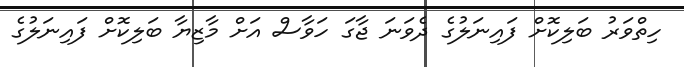
ހިތްވަރު ބަލިކޮށް ފައިނަލުގެ ދެވަނަ ޖާގަ ހަވާސް އަށް މާޒިޔާ ބަލިކޮށް ފަައިނަލުގެ